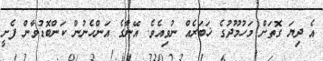
އެ ދިޔަ ގޮތަށް މަހުމޫދުގެ ޚަބަރެއް ނުވިއެވެ. އޭނާގެ އަންހެނުން ކަންބޮޑުވާން ފެށީ